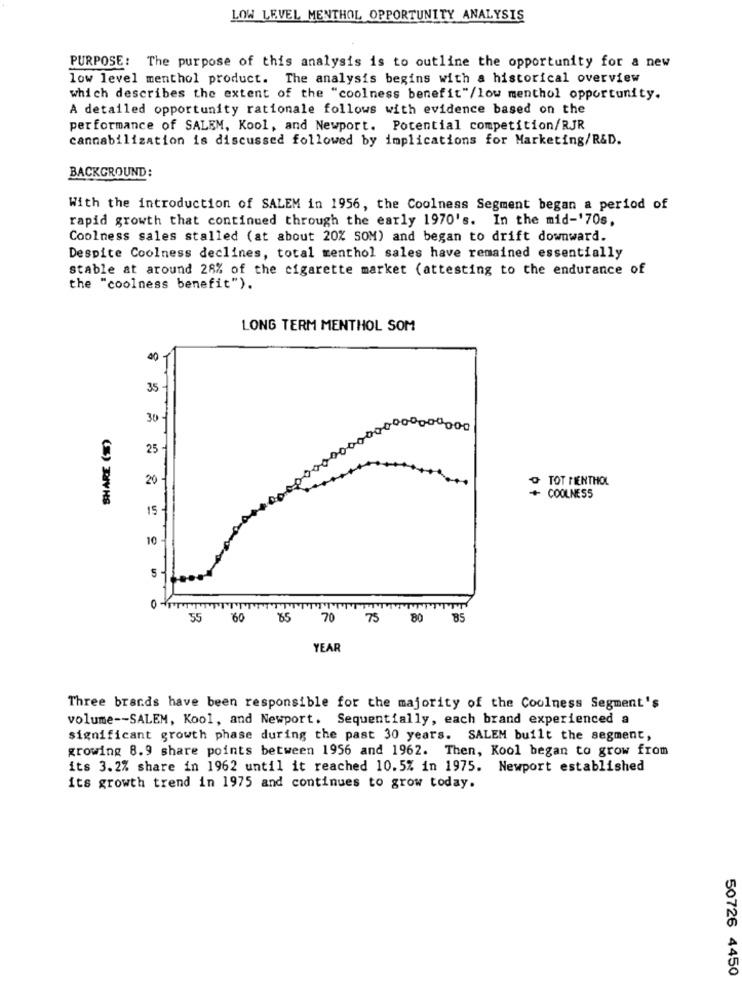
LOW LEVEL MENTHOL OPPORTUNITY ANALYSIS
PURPOSE: The purpose of this analysis is to outline the opportunity for a new
low level menthol product. The analysis begins with a historical overview
which describes the extent of the "coolness benefit"/low menthol opportunity.
A detailed opportunity rationale follows with evidence based on the
performance of SALEM, Kool, and Newport. Potential competition/RJR
cannabilization is discussed followed by implications for Marketing/R&D.
BACKGROUND:
With the introduction of SALEM in 1956, the Coolness Segment began a period of
rapid growth that continued through the early 1970's. In the mid-'70s.
Coolness sales stalled (at about 20% SOM) and began to drift downward.
Despite Coolness declines, total menthol sales have remained essentially
stable at around 28% of the cigarette market (attesting to the endurance of
the "coolness benefit").
LONG TERM MENTHOL SOM
40
35
30
25
20
O TOT MENTHOL
(%) BUVHS
COOLNESS
15
10 -
55
60
85
70
75
80
85
YEAR
Three brands have been responsible for the majority of the Coolness Segment's
volume -- SALEM, Kool, and Newport. Sequentially, each brand experienced a
significant growth phase during the past 30 years. SALEM built the segment,
growing 8.9 share points between 1956 and 1962. Then, Kool began to grow from
its 3.2% share in 1962 until it reached 10.5% in 1975. Newport established
its growth trend in 1975 and continues to grow today.
50726 4450